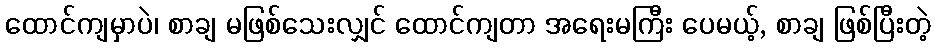
ထောင်ကျမှာပဲ၊ စာချ မဖြစ်သေးလျှင် ထောင်ကျတာ အရေးမကြီး ပေမယ့်, စာချ ဖြစ်ပြီးတဲ့